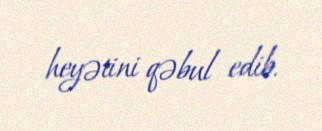
heyətini qəbul edib.